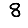
Digit: 8